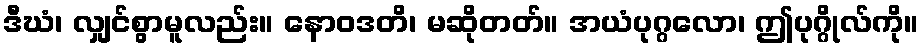
ဒီဃံ၊ လျှင်စွာမူလည်း။ နောဝဒတိ၊ မဆိုတတ်။ အယံပုဂ္ဂလော၊ ဤပုဂ္ဂိုလ်ကို။